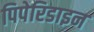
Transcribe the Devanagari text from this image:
पिपेरिडाइन